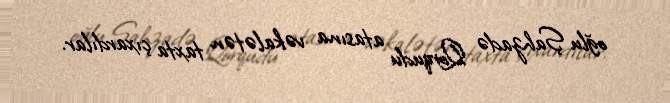
oğlu Şahzadə Qorqudu atasına vəkalətən taxta çıxardılar.